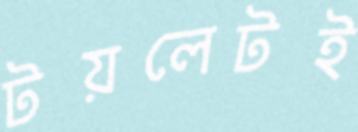
টয়লেটই